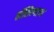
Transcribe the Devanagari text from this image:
वॉसिन्गटन